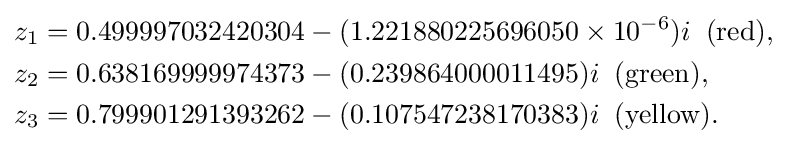
{\begin{aligned}z_{1}&=0.499997032420304-(1.221880225696050\times 10^{-6})i{\;}{\;}{\mathrm {(red)} },\\z_{2}&=0.638169999974373-(0.239864000011495)i{\;}{\;}{\mathrm {(green)} },\\z_{3}&=0.799901291393262-(0.107547238170383)i{\;}{\;}{\mathrm {(yellow)} }.\end{aligned}}